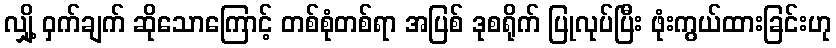
လျှို့ ဝှက်ချက် ဆိုသောကြောင့် တစ်စုံတစ်ရာ အပြစ် ဒုစရိုက် ပြုလုပ်ပြီး ဖုံးကွယ်ထားခြင်းဟု